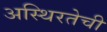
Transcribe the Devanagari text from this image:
अस्थिरतेची